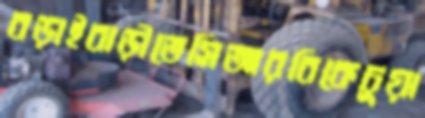
বড়াইবাড়ীতেসিআরবিকেচুয়া